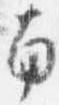
南